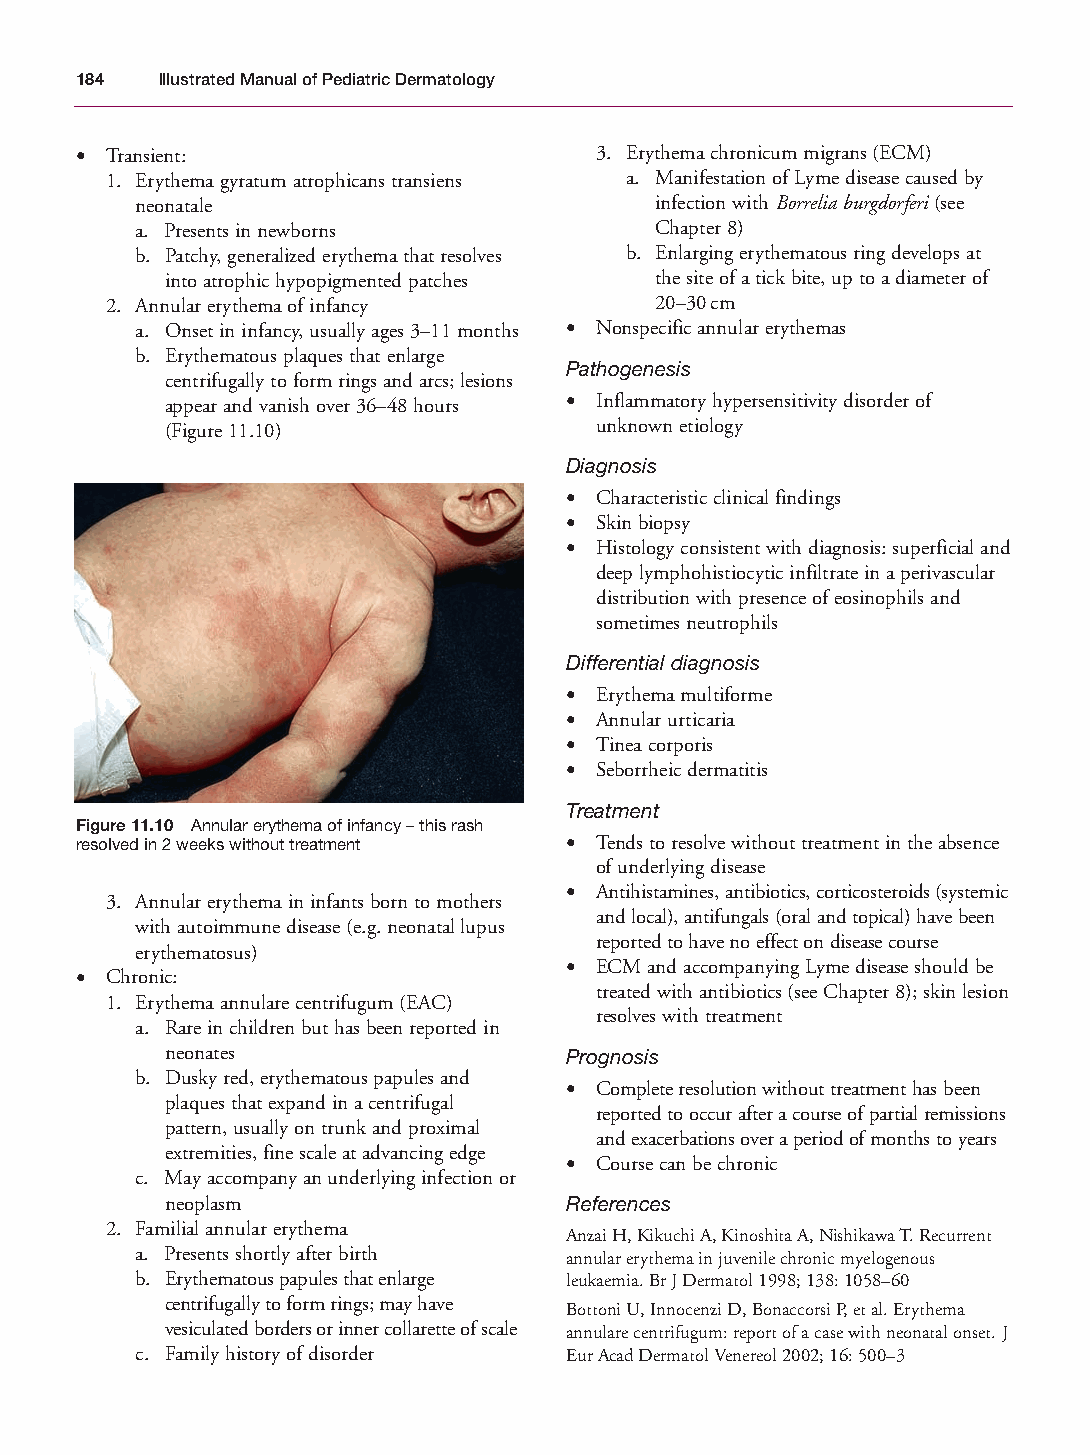
Mallory Chapter 11 27/1/05 2:16 pm Page 184
 184  Illustrated Manual of Pediatric Dermatology
 • Transient:                      3. Erythema chronicum migrans (ECM)
 1. Erythema gyratum atrophicans transiens a. Manifestation of Lyme disease caused by
 neonatale                         infection with Borrelia burgdorferi(see
 a. Presents in newborns           Chapter 8)
 b. Patchy, generalized erythema that resolves b. Enlarging erythematous ring develops at
 into atrophic hypopigmented patches the site of a tick bite, up to a diameter of
 2. Annular erythema of infancy      20–30cm
 a. Onset in infancy, usually ages 3–11 months • Nonspecific annular erythemas
 b. Erythematous plaques that enlarge
 Pathogenesis
 centrifugally to form rings and arcs; lesions
 appear and vanish over 36–48 hours • Inflammatory hypersensitivity disorder of
 (Figure 11.10)              unknown etiology
 Diagnosis
 • Characteristic clinical findings
 • Skin biopsy
 • Histology consistent with diagnosis: superficial and
 deep lymphohistiocytic infiltrate in a perivascular
 distribution with presence of eosinophils and
 sometimes neutrophils
 Differential diagnosis
 • Erythema multiforme
 • Annular urticaria
 • Tinea corporis
 • Seborrheic dermatitis
 Treatment
 Figure 11.10 Annular erythema of infancy – this rash
 resolved in 2 weeks without treatment • Tends to resolve without treatment in the absence
 of underlying disease
 • Antihistamines, antibiotics, corticosteroids (systemic
 3. Annular erythema in infants born to mothers
 and local), antifungals (oral and topical) have been
 with autoimmune disease (e.g. neonatal lupus
 reported to have no effect on disease course
 erythematosus)
 • ECM and accompanying Lyme disease should be
 • Chronic:
 treated with antibiotics (see Chapter 8); skin lesion
 1. Erythema annulare centrifugum (EAC)
 resolves with treatment
 a. Rare in children but has been reported in
 neonates                  Prognosis
 b. Dusky red, erythematous papules and
 • Complete resolution without treatment has been
 plaques that expand in a centrifugal
 reported to occur after a course of partial remissions
 pattern, usually on trunk and proximal
 and exacerbations over a period of months to years
 extremities, fine scale at advancing edge
 • Course can be chronic
 c. May accompany an underlying infection or
 neoplasm                  References
 2. Familial annular erythema
 Anzai H, Kikuchi A, Kinoshita A, Nishikawa T. Recurrent
 a. Presents shortly after birth annular erythema in juvenile chronic myelogenous
 b. Erythematous papules that enlarge leukaemia. Br J Dermatol 1998; 138: 1058–60
 centrifugally to form rings; may have
 Bottoni U, Innocenzi D, Bonaccorsi P, et al. Erythema
 vesiculated borders or inner collarette of scale annulare centrifugum: report of a case with neonatal onset. J
 c. Family history of disorder Eur Acad Dermatol Venereol 2002; 16: 500–3